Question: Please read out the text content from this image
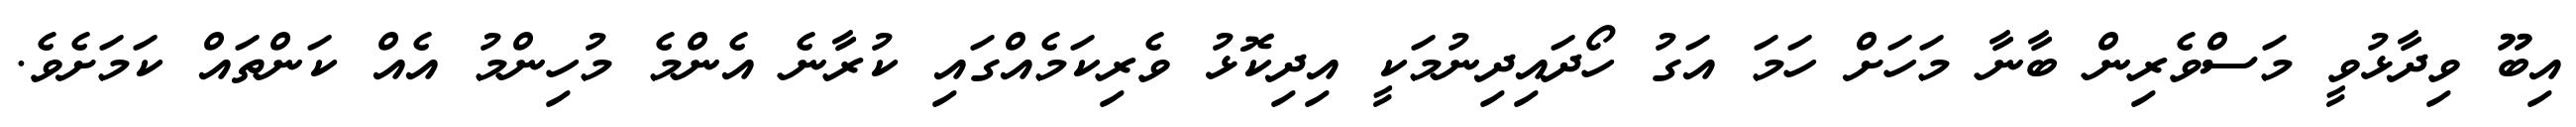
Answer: އިބޫ ވިދާޅުވީ މަސްވެރިން ބާނާ މަހަށް ހަމަ އަގު ހޯދައިދިނުމަކީ އިދިކޮޅު ވެރިކަމެއްގައި ކުރާނެ އެންމެ މުހިންމު އެއް ކަންތައް ކަމަށެވެ.